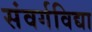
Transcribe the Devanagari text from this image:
संवर्गविद्या